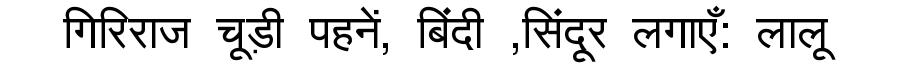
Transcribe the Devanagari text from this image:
गिरिराज चूड़ी पहनें, बिंदी ,सिंदूर लगाएँ: लालू